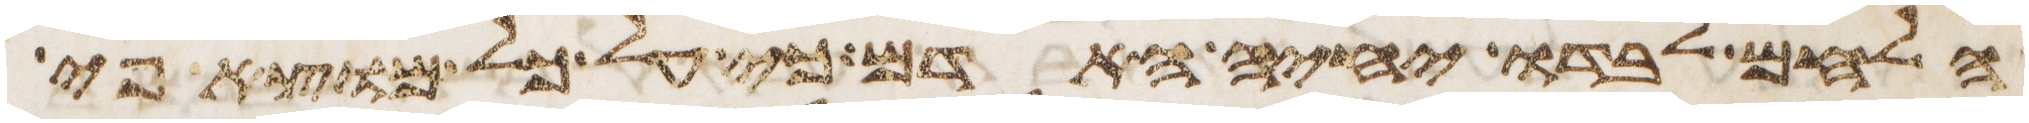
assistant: הלחם לבדו יחיה האדם כי על כל מוצא פי